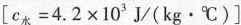
$$[ c _ { \text { 水 } } = 4 . 2 \times 1